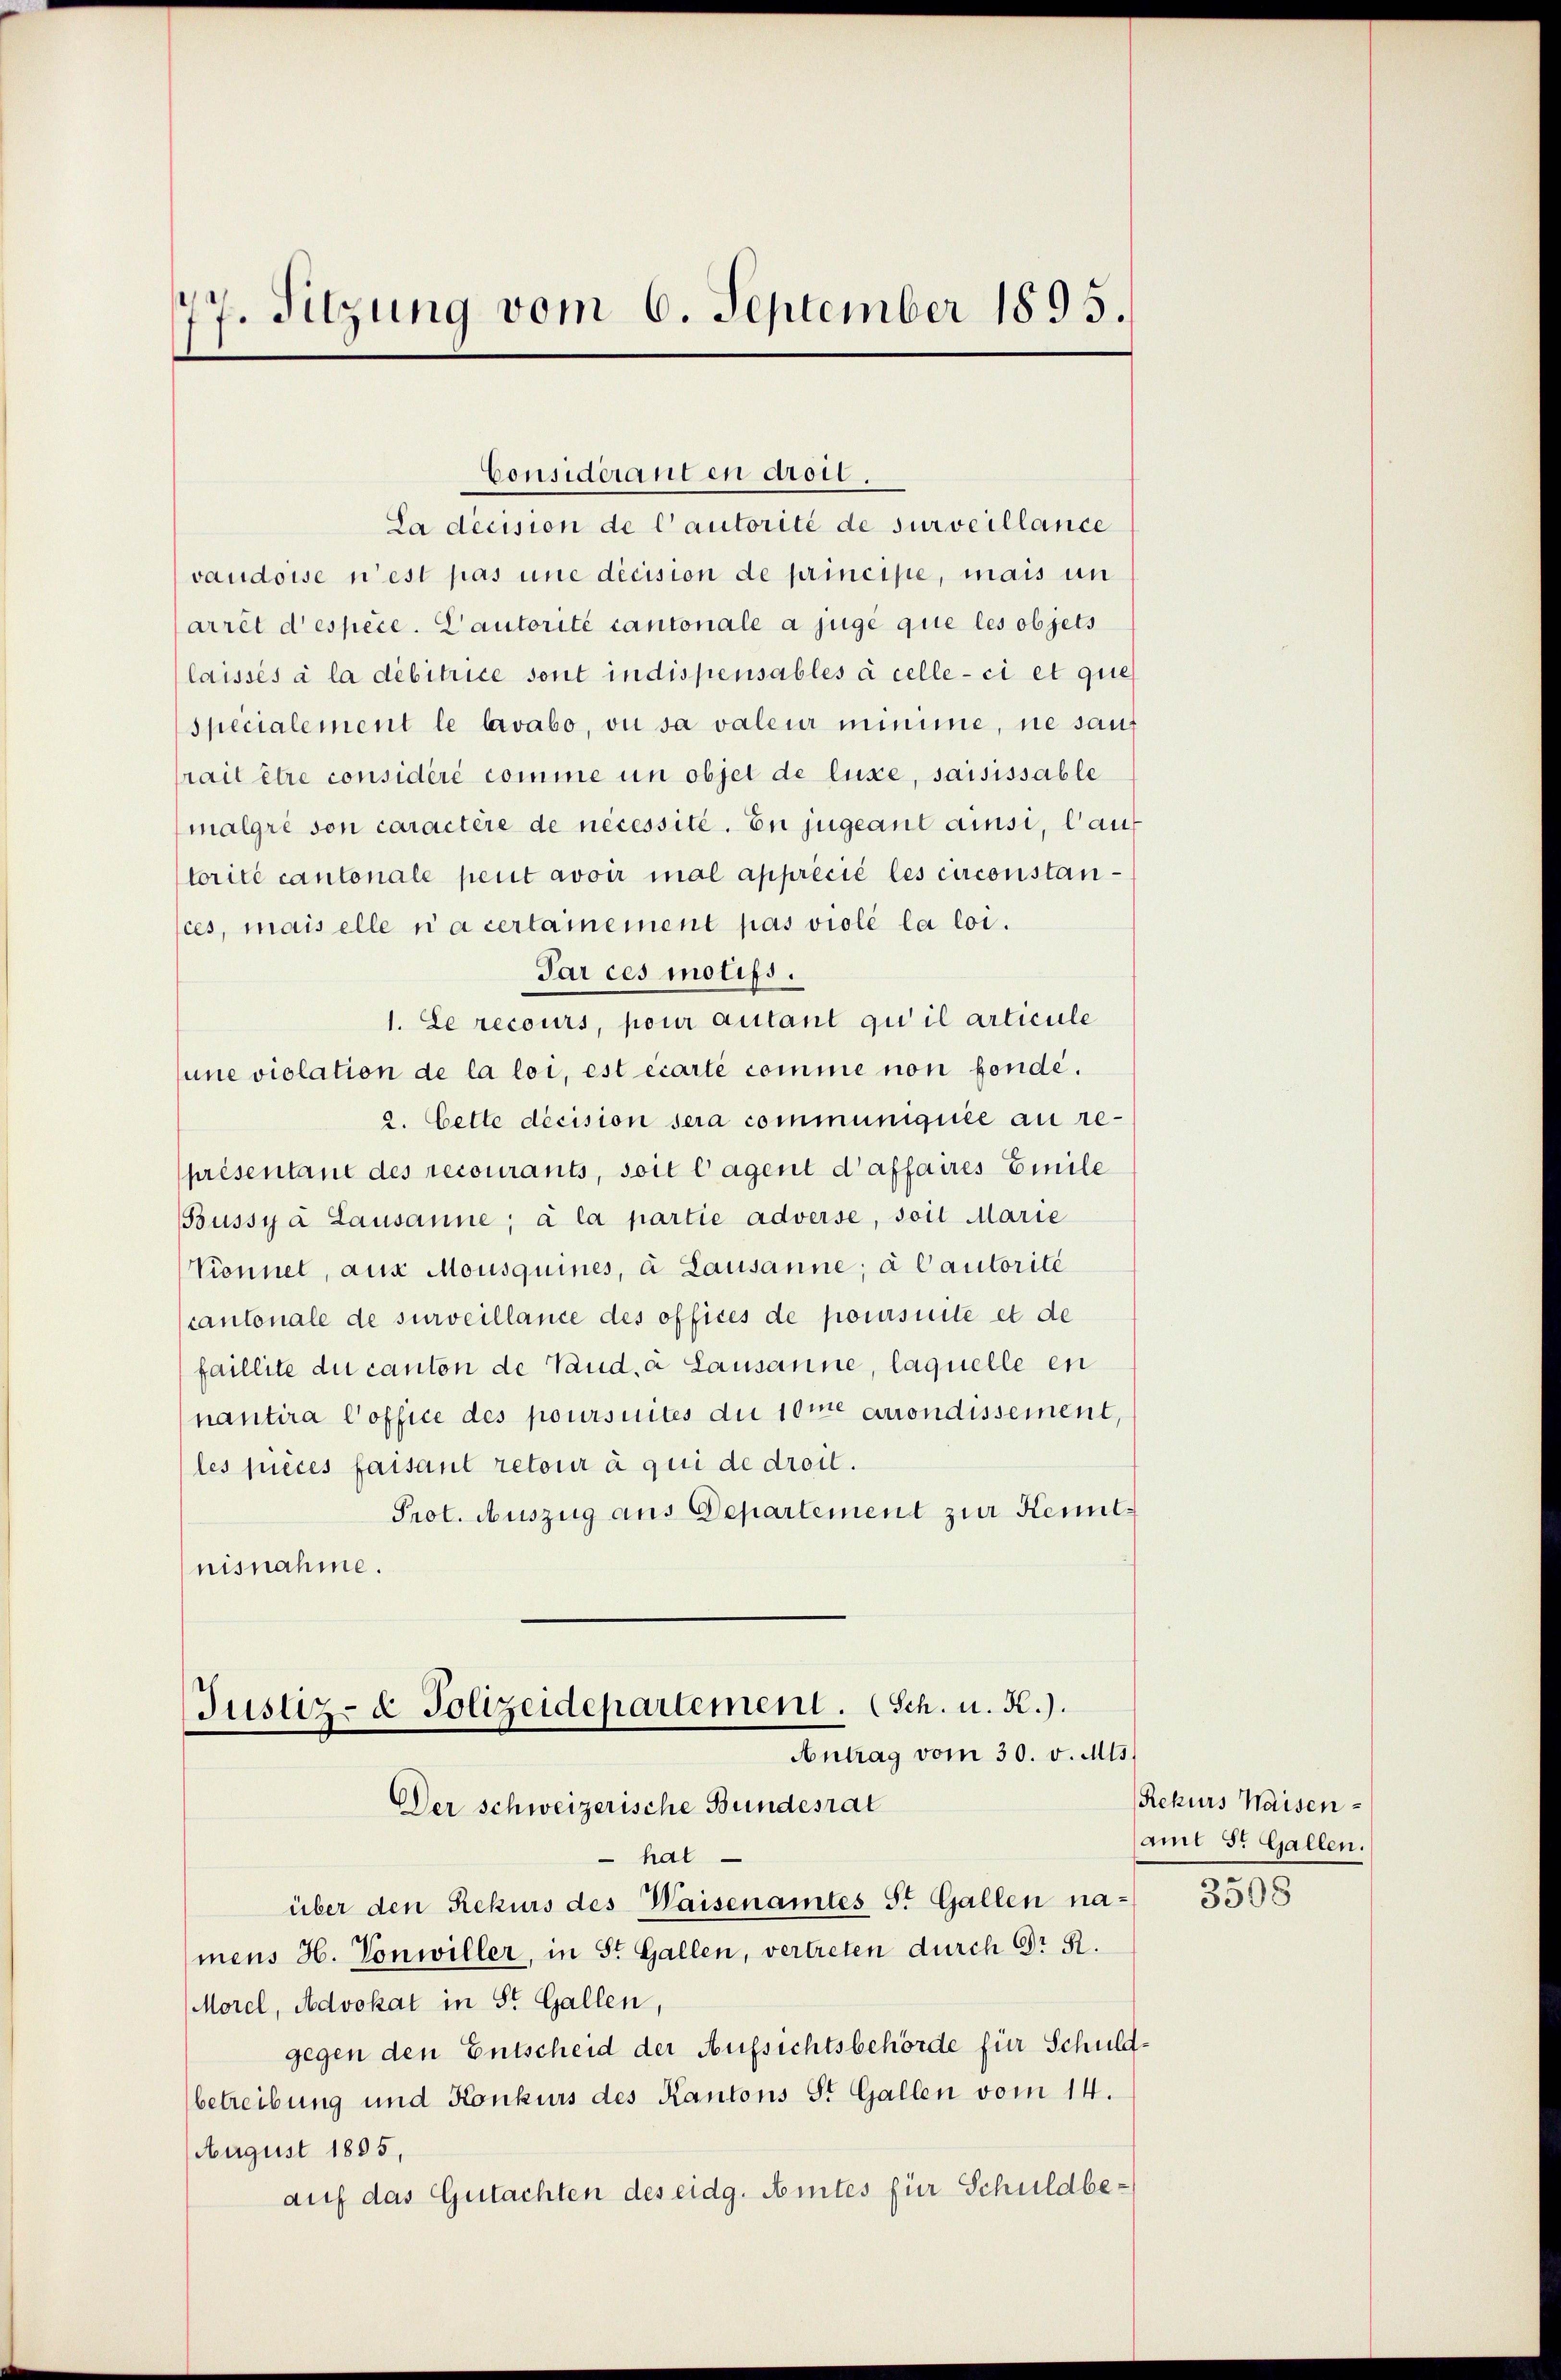
77. Sitzung vom 6. September 1895.

La decision de l’autorité de surveillance
vaudoise n’est pas une decision de principe, mais un
arrêt d’espèce. Lautorité cantonale a juge que les objets
laissés à la débitrice sont indispensables à celle-ci et que
specialement le lavabo, ou sa valeur mimine, ne sanf
rait être considéré comme un objet de luxe, saisissable
malgré son caractère de nécessité. En jugeant ainsi, lau
torité cantonale peut avoir mal apprécié les circonstances, mais elle ni a certaiement pas violé la loi.
Par ces motifs.
1. Le recours, pour autant qu’il articule
une violation de la loi, est écarté comme non fonde.
2. Cette decision sera communiquée au re-
présentant des recourants, soit lagent d’affaires Emile
Büssya Lausanne; à la partie adverse, soit Marie
Konnet, auf Mousquines, à Lausanne; à Cautorité
cantonale de surveillance des offices de poursuite et de
faillite du canton de Vaud, à Lausanne, laquelle en
nantira Coffice des poursuites du 10me arrondissement,
les pieces faisant retour à qui de droit.
Prot. Auszug aus Departement zur Kenntnisnahme.

Considérant en droil.

Justiz- & Polizeidepartement. (Sch. u. K.).
Antrag vom 30. v. Mts.
Der schweizerische Bundesrat

hal
über den Rekurs des Waisenamtes St. Gallen na-
mens H. Vonwiller, in St. Gallen, vertreten durch Dr R.
Morel, Advokat in St. Gallen,
gegen den Entscheid der Aufsichtsbehörde für Schuldbetreibung und Konkurs des Kantons St. Gallen vom 14.
August 1895,
auf das Gutachten des eidg. Amtes für Schuldbe¬

Rekurs Waisenamt St. Gallen.

3508